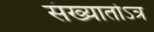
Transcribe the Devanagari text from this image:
संख्यातोऽत्र